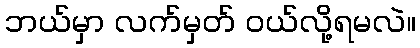
ဘယ်မှာ လက်မှတ် ဝယ်လို့ရမလဲ။